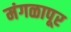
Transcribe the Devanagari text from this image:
मंगळापूर